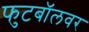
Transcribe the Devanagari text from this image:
फुटबॉलवर